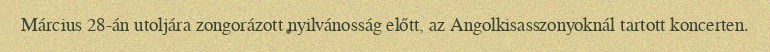
Március 28-án utoljára zongorázott nyilvánosság előtt, az Angolkisasszonyoknál tartott koncerten.